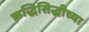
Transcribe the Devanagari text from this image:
ऋद्धिसिद्धीच्या